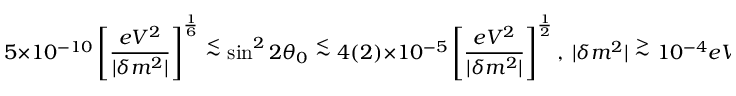
5 \times 1 0 ^ { - 1 0 } \left[ { \frac { e V ^ { 2 } } { | \delta m ^ { 2 } | } } \right] ^ { \frac { 1 } { 6 } } \stackrel { < } { \sim } \sin ^ { 2 } 2 \theta _ { 0 } \stackrel { < } { \sim } 4 ( 2 ) \times 1 0 ^ { - 5 } \left[ { \frac { e V ^ { 2 } } { | \delta m ^ { 2 } | } } \right] ^ { \frac { 1 } { 2 } } , \ | \delta m ^ { 2 } | \stackrel { > } { \sim } 1 0 ^ { - 4 } e V ^ { 2 } ,